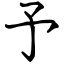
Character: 予